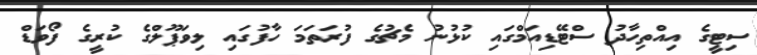
ސިޓީގެ އިއްތިހާދު ސްޓޭޑިއަމްގައި ކުޅުނު މެޗުގެ ފުރަތަމަ ހާފުގައި ލިވަޕޫލްގެ ކުރީގެ ފޯވަޑް